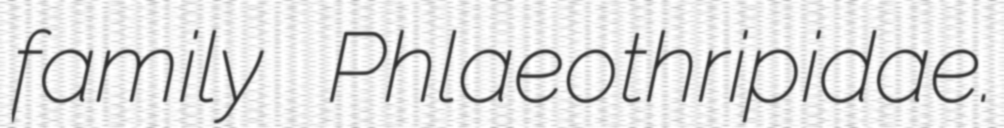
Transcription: family Phlaeothripidae.